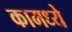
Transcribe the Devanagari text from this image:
कामध्ये